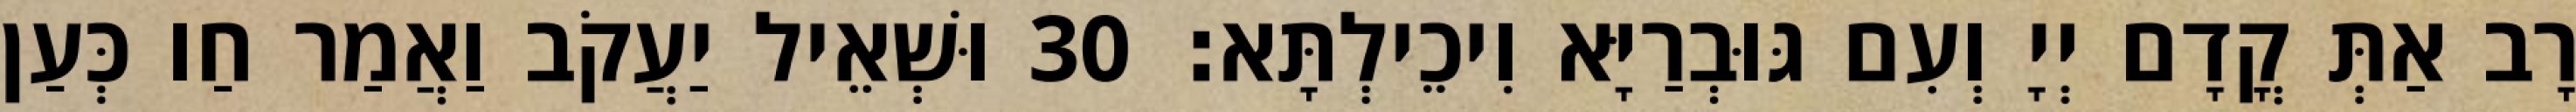
רָב אַתְּ קֳדָם יְיָ וְעִם גּוּבְרַיָּא וִיכֵילְתָּא׃ 30 וּשְׁאֵיל יַעֲקֹב וַאֲמַר חַו כְּעַן